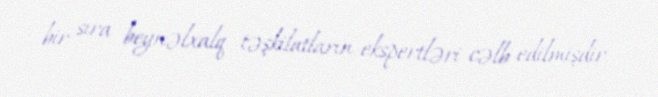
bir sıra beynəlxalq təşkilatların ekspertləri cəlb edilmişdir.